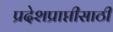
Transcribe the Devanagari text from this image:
प्रदेशप्राप्तीसाठी